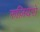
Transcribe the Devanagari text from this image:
रुज़ियेरो